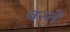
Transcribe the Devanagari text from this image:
बस्‍तें